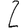
Digit: 2